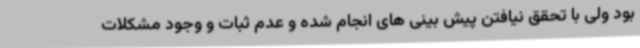
بود ولی با تحقق نیافتن پیش بینی های انجام شده و عدم ثبات و وجود مشکلات